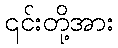
၎င်းတို့အား